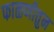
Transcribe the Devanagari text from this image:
फाळणीतुन